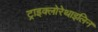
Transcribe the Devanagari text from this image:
ट्राइक्लोरेथाइलिन